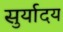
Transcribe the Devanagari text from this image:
सुर्यादय